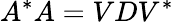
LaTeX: A^{*}A=VDV^{*}